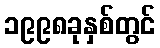
၁၉၉၈ခုနှစ်တွင်